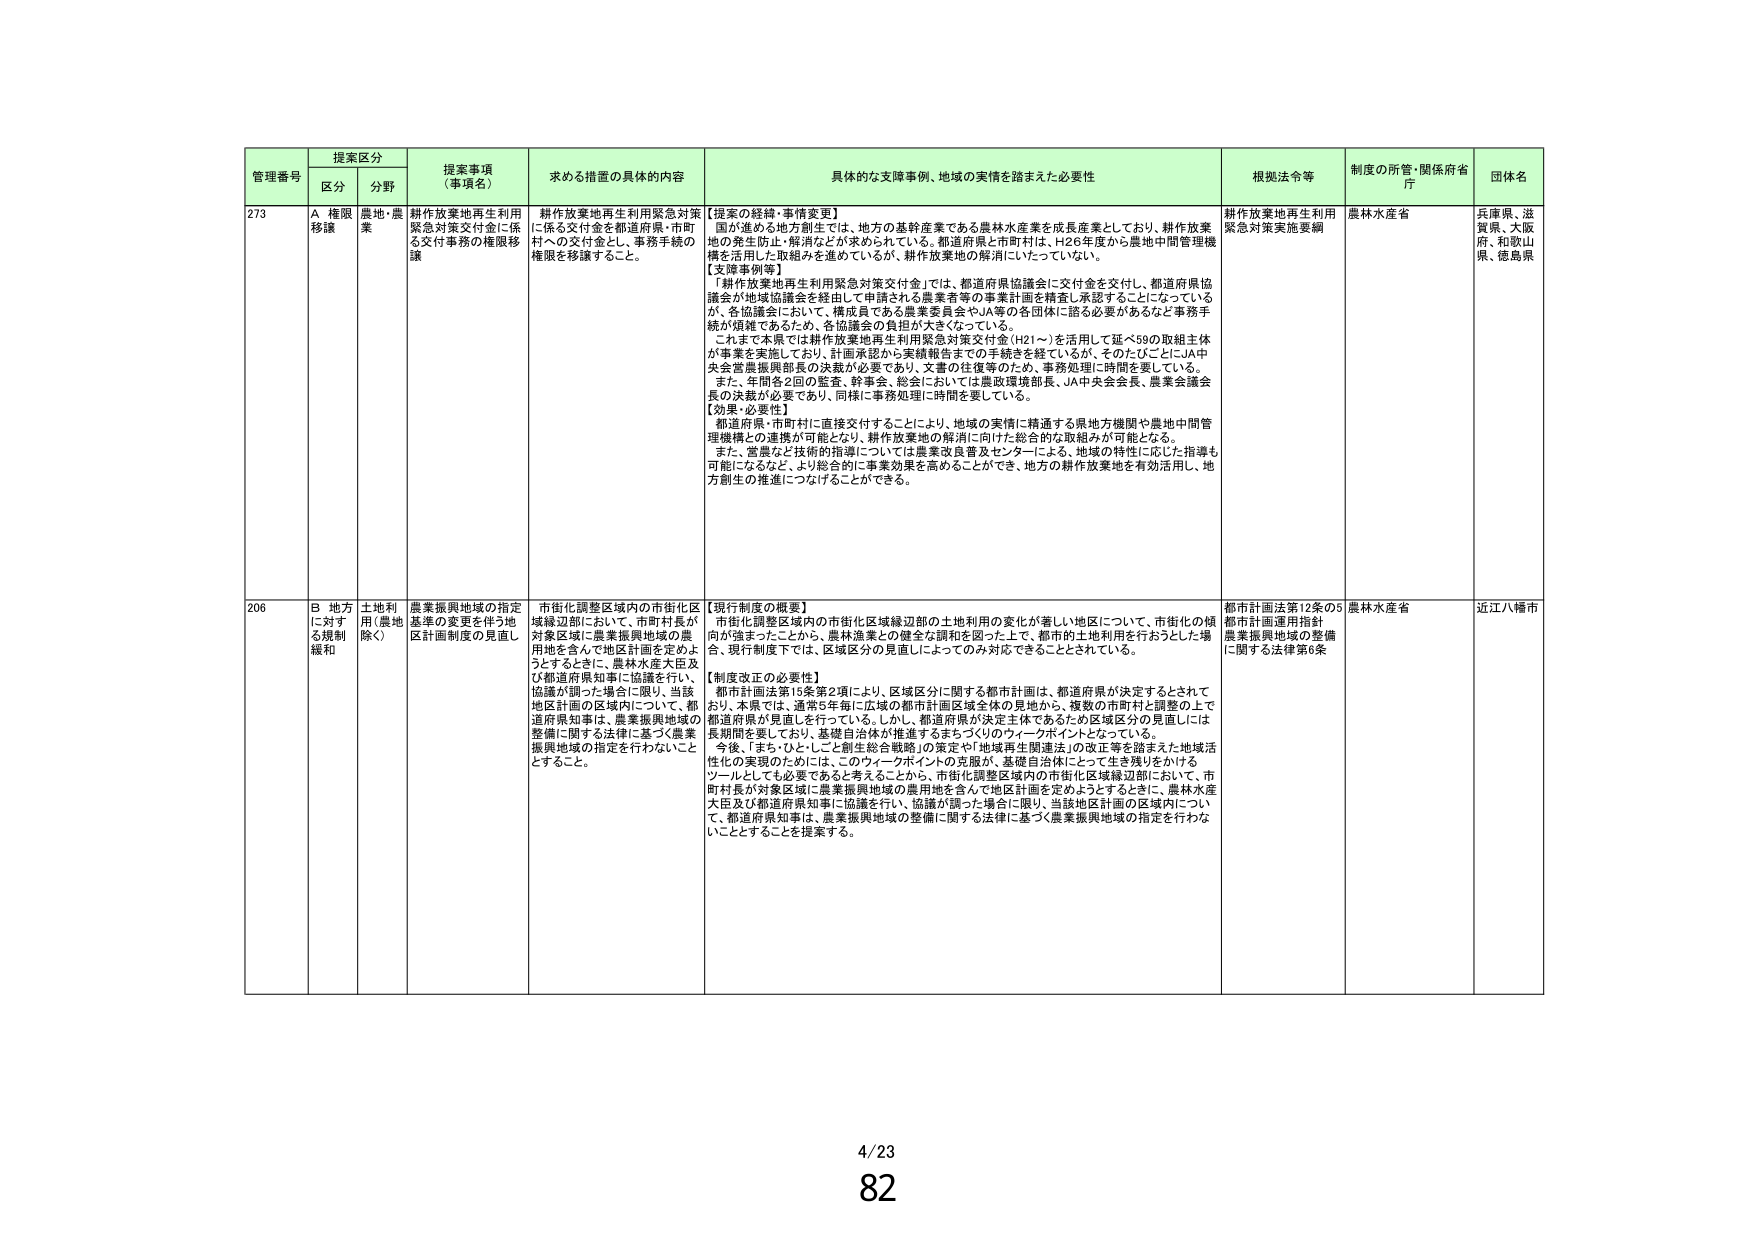
管理番号 提案区分 提案事項（事項名） 求める措置の具体的内容 具体的な支障事例、地域の実情を踏まえた必要性 根拠法令等 制度の所管・関係府省庁 団体名
区分 分野
273 A 権限移譲 農地・農業 耕作放棄地再生利用緊急対策交付金に係る交付事務の権限移譲 耕作放棄地再生利用緊急対策に係る交付金を都道府県・市町村への交付金とし、事務手続の権限を移譲すること。 【提案の経緯・事情変更】 国が進める地方創生では、地方の基幹産業である農林水産業を成長産業としており、耕作放棄地の発生防止・解消などが求められている。都道府県と市町村は、H26年度から農地中間管理機構を活用した取組みを進めているが、耕作放棄地の解消にいたっていない。 【支障事例等】 「耕作放棄地再生利用緊急対策交付金」では、都道府県協議会に交付金を交付し、都道府県協議会が地域協議会を経由して申請される農業者等の事業計画を精査し承認することになっているが、各協議会において、構成員である農業委員会やJA等の各団体に諮る必要があるなど事務手続が煩雑であるため、各協議会の負担が大きくなっている。 これまで本県では耕作放棄地再生利用緊急対策交付金（H21～）を活用して延べ59の取組主体が事業を実施しており、計画承認から実績報告までの手続きを経ているが、そのたびごとにJA中央会宮城振興部長の決裁が必要であり、文書の往復等のため、事務処理に時間を要している。 また、年間各2回の監査、幹事会、総会においては農政環境部長、JA中央会会長、農業会議会長の決裁が必要であり、同様に事務処理に時間を要している。 【効果・必要性】 都道府県・市町村に直接交付することにより、地域の実情に精通する県地方機関や農地中間管理機構との連携が可能となり、耕作放棄地の解消に向けた総合的な取組みが可能となる。 また、営農など技術的指導については農業改良普及センターによる、地域の特性に応じた指導も可能になるなど、より総合的に事業効果を高めることができ、地方の耕作放棄地を有効活用し、地方創生の推進につなげることができる。 耕作放棄地再生利用緊急対策実施要綱 農林水産省 兵庫県、滋賀県、大阪府、和歌山県、徳島県
206 B 地方に対する規制緩和 土地利用（農地除く） 農業振興地域の指定基準の変更を伴う地区計画制度の見直し 市街化調整区域内の市街化区域縁辺部において、市町村長が対象区域（農業振興地域の農用地を含んで地区計画を定めようとするときに、農林水産大臣及び都道府県知事に協議を行い、協議が調った場合に限り、当該地区計画の区域内について、都道府県知事は、農業振興地域の整備に関する法律に基づく農業振興地域の指定を行わないこととすること。 【現行制度の概要】 市街化調整区域内の市街化区域縁辺部の土地利用の変化が著しい地区について、市街化の傾向が強まったことから、農林漁業との健全な調和を図った上で、都市的土地利用を行おうとした場合、現行制度下では、区域区分の見直しによってのみ対応できることとされている。 【制度改正の必要性】 「都市計画法第15条第2項により、区域区分に関する都市計画は、都道府県が決定するとされており、本県では、通常5年毎に広域の都市計画区域全体の見地から、複数の市町村と調整の上で都道府県が見直しを行っている。しかし、都道府県が決定主体であるため区域区分の見直しには長期間を要しており、基礎自治体が推進するまちづくりのウィークポイントとなっている。 今後、「まち・ひと・しごと創生総合戦略」の策定や「地域再生関連法」の改正等を踏まえた地域活性化の実現のために、このウィークポイントの克服が、基礎自治体にとって生き残りをかけるツールとしても必要であると考えることから、市街化調整区域内の市街化区域縁辺部において、市町村長が対象区域に農業振興地域の農用地を含んで地区計画を定めるようとするときに、農林水産大臣及び都道府県知事に協議を行い、協議が調った場合に限り、当該地区計画の区域内について、都道府県知事は、農業振興地域の整備に関する法律に基づく農業振興地域の指定を行わないこととすることを提案する。 都市計画法第12条の5 都市計画運用指針 農業振興地域の整備に関する法律第8条 農林水産省 近江八幡市
4/23
82